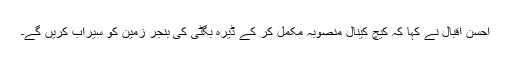
احسن اقبال نے کہا کہ کیچ کینال منصوبہ مکمل کر کے ڈیرہ بگٹی کی بنجر زمین کو سیراب کریں گے۔